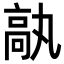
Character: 𩪿